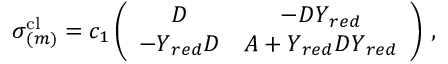
\begin{array} { r } { \boldsymbol { \sigma } _ { ( m ) } ^ { \mathrm { c l } } = c _ { 1 } \left( \begin{array} { c c } { \boldsymbol { D } } & { - \boldsymbol { D } \boldsymbol { Y } _ { r e d } } \\ { - \boldsymbol { Y } _ { r e d } \boldsymbol { D } } & { \boldsymbol { A } + \boldsymbol { Y } _ { r e d } \boldsymbol { D } \boldsymbol { Y } _ { r e d } } \end{array} \right) \, , } \end{array}